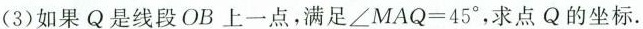
(3)如果Q是线段OB上一点，满足$$∠ M A Q = 4 5 °$$，求点Q的坐标.